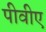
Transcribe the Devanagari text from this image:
पीवीए